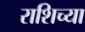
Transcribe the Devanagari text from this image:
राशिच्या